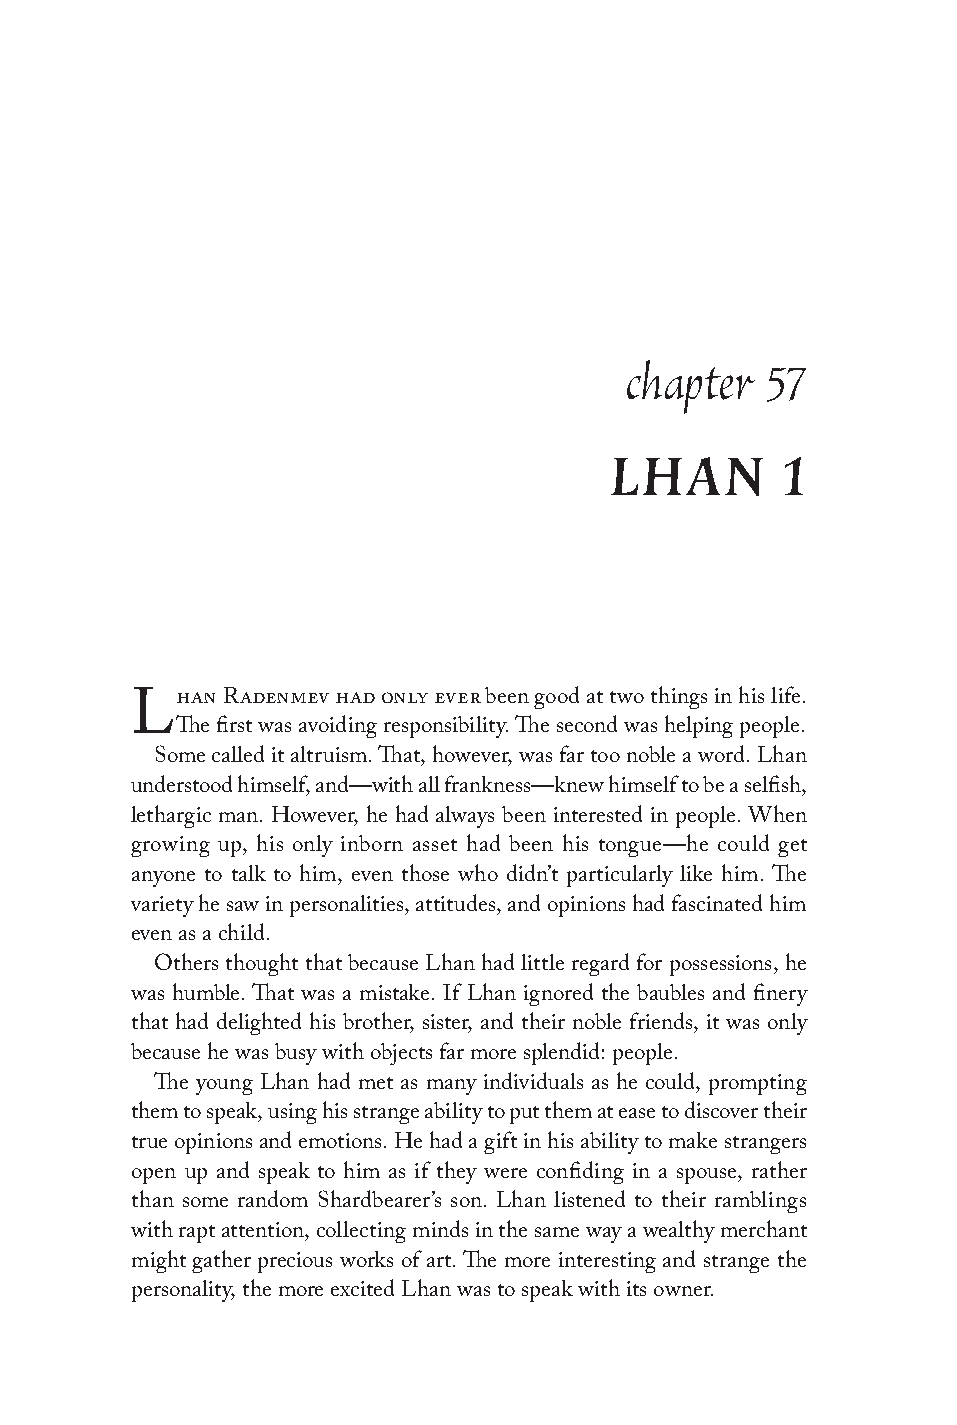
chapter   57
 LHAN        1
 han Radenmev had only ever been good at two things in his life.
 L
 The first was avoiding responsibility. The second was helping people.
 Some called it altruism. That, however, was far too noble a word. Lhan
 understood himself, and—with all frankness—knew himself to be a selfish,
 lethargic man. However, he had always been interested in people. When
 growing up, his only inborn asset had been his tongue—he could get
 anyone to talk to him, even those who didn’t particularly like him. The
 variety he saw in personalities, attitudes, and opinions had fascinated him
 even as a child.
 Others thought that because Lhan had little regard for possessions, he
 was humble. That was a mistake. If Lhan ignored the baubles and finery
 that had delighted his brother, sister, and their noble friends, it was only
 because he was busy with objects far more splendid: people.
 The young Lhan had met as many individuals as he could, prompting
 them to speak, using his strange ability to put them at ease to discover their
 true opinions and emotions. He had a gift in his ability to make strangers
 open up and speak to him as if they were confiding in a spouse, rather
 than some random Shardbearer’s son. Lhan listened to their ramblings
 with rapt attention, collecting minds in the same way a wealthy merchant
 might gather precious works of art. The more interesting and strange the
 personality, the more excited Lhan was to speak with its owner.